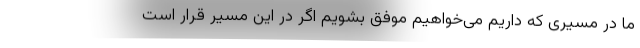
ما در مسیری که داریم می‌خواهیم موفق بشویم اگر در این مسیر قرار است